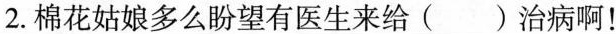
2.棉花姑娘多么盼望有医生来给()治病啊！